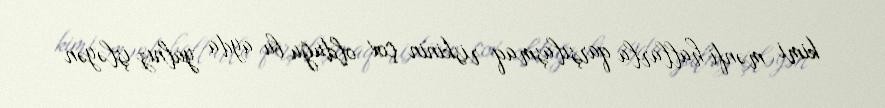
kimi mənfi hallarla qarşılaşmaq riskinin çox olduğu bu ayda yalnız işləyən